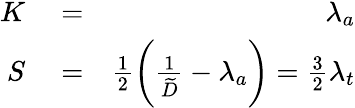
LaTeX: \begin{array}{rlr}{K}&{{}=}&{\lambda_{a}}\\ {S}&{{}=}&{\frac{1}{2}\bigg(\frac{1}{\widetilde D}-\lambda_{a}\bigg)=\frac{3}{2}\lambda_{t}}\end{array}